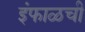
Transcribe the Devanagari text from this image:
इंफाळची